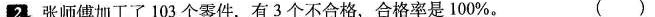
2：张师傅加工了103个零件，有3个不合格，合格率是100%。( )